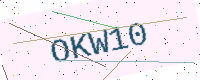
Text: OKW10